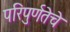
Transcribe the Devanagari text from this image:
परिपुर्णतेचे